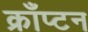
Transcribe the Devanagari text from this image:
क्राँप्टन